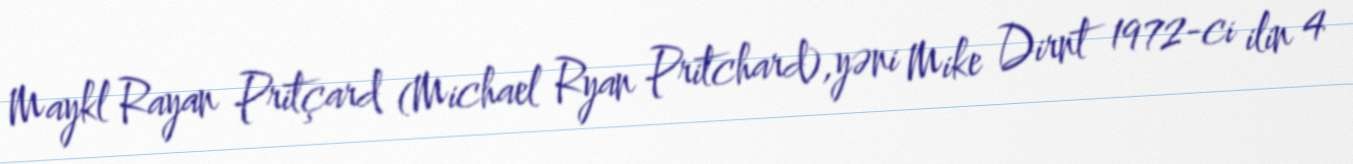
Maykl Rayan Pritçard (Michael Ryan Pritchard),yəni Mike Dirnt 1972-ci ilin 4